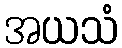
အယသံ